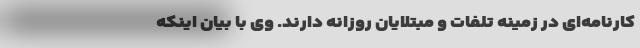
کارنامه‌ای در زمینه تلفات و مبتلایان روزانه دارند. وی با بیان اینکه